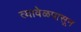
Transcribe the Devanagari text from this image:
त्यावेळपासून